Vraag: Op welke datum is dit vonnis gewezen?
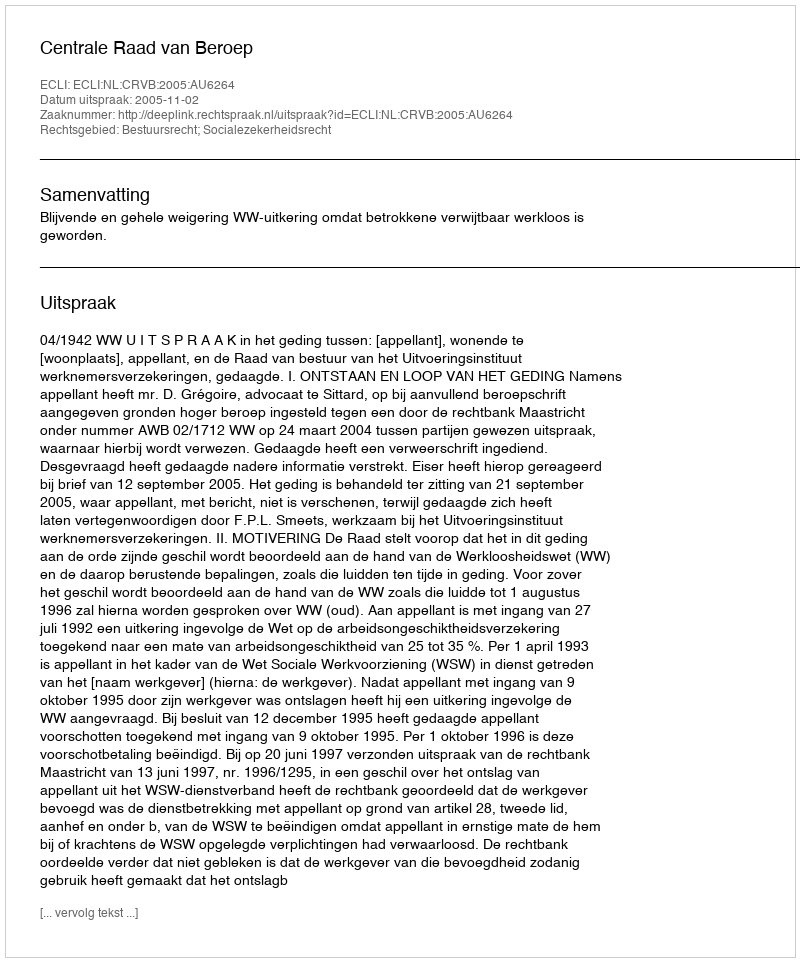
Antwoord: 2005-11-02